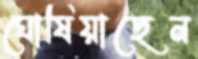
ঘোষিয়াছেন